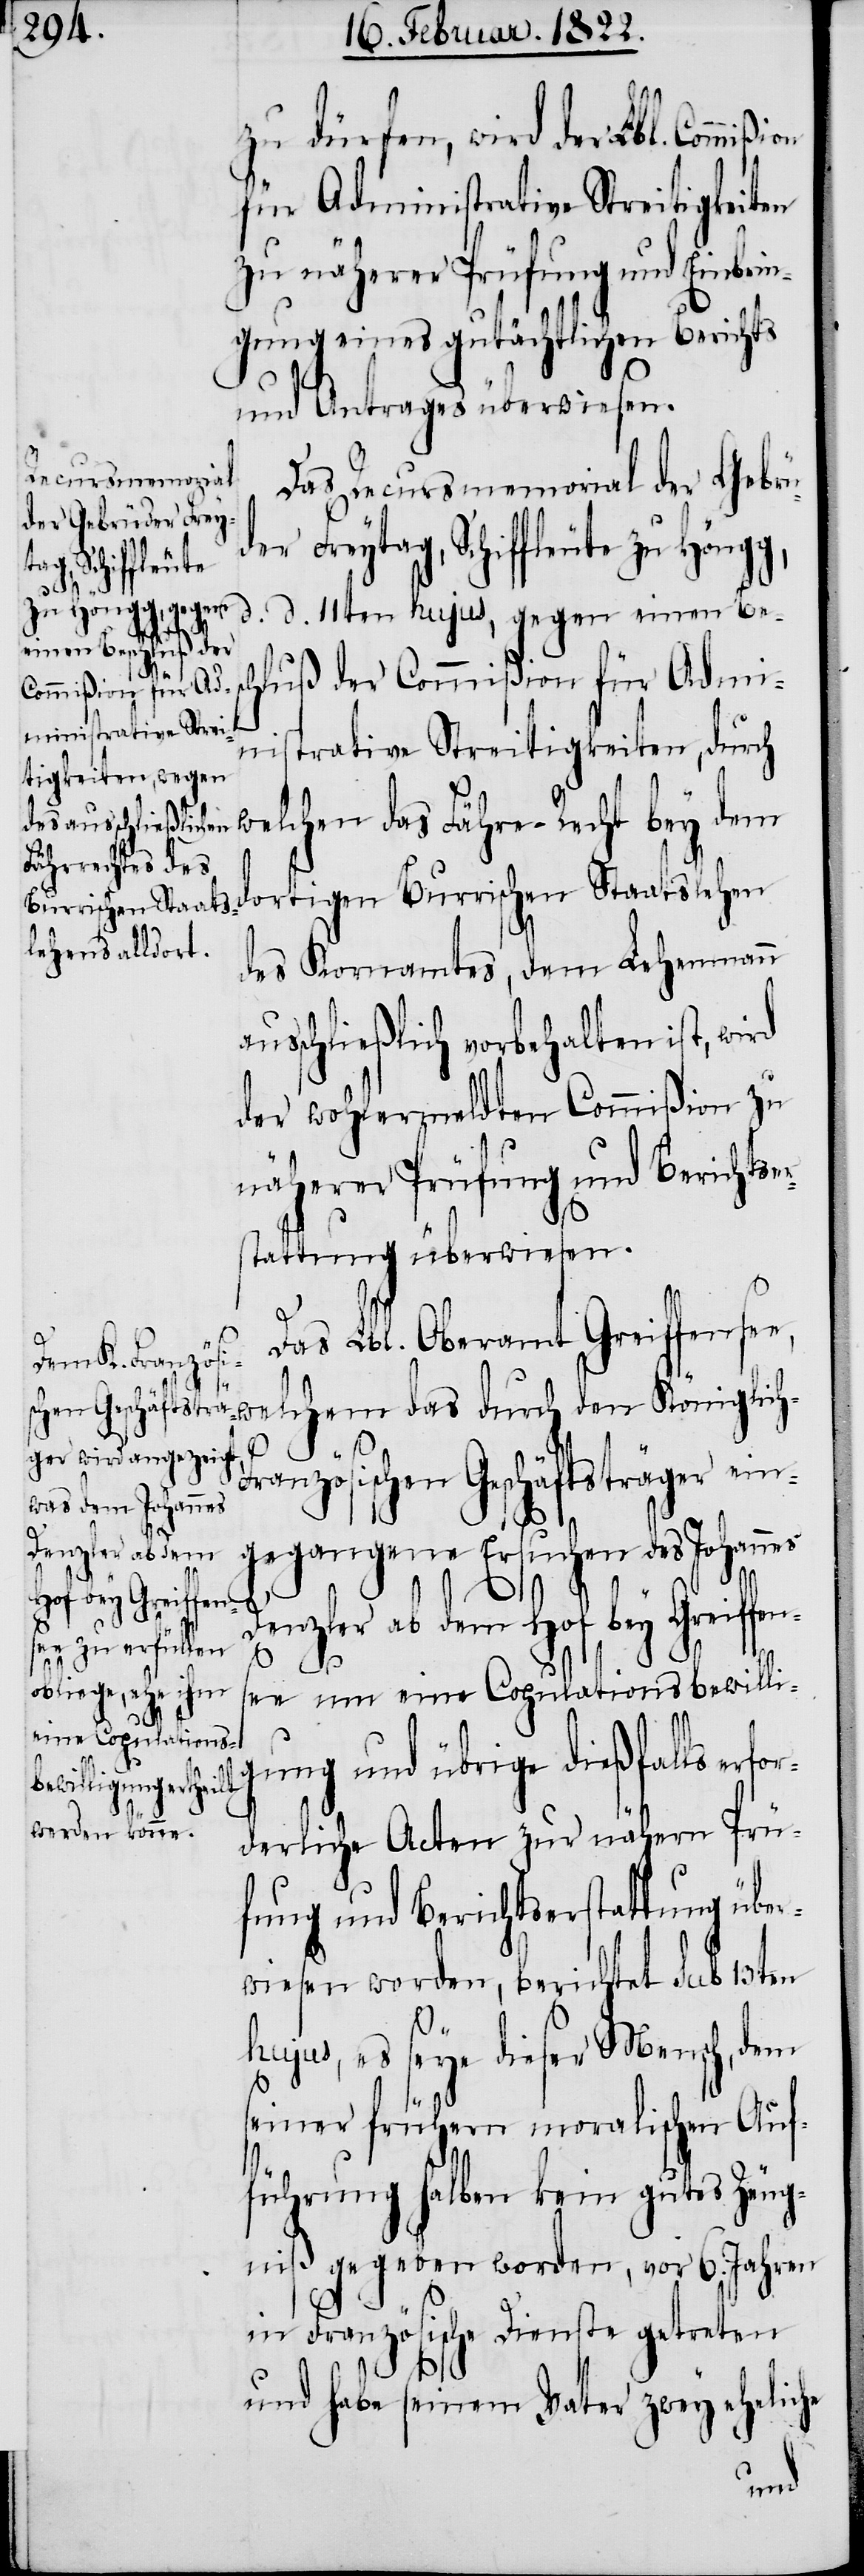
zu dürfen, wird der Lbl. Commi¬
für Administrative Streitigkeiten
zu näherer Prüfung und Einbrin¬
gung eines gutächtlichen Berichts
und Antrags überwiesen.
Recursmemorial
der Gebrüder Frey¬
tag, Schiffleute
d. d. 11ten hujus, gegen einen Bes¬
for¬
chluß der Commißion für Admi¬
nistrative Streitigkeiten, durch
welchen das Fähre-Recht bey dem
dortigen Burrischen Staatslehen
des Kornamtes, dem Lehenmann
ausschließlich vorbehalten ist, wird
der wohlermeldten Commißion zu
näherer Prüfung und Berichtser¬
stattung überwiesen.
Das Lbl. Oberamt Greiffensee,
welchem das durch den Königlic¬
ranzösischen Geschäftsträger ein¬
gegangene Ersuchen des Johannes
Denzler an dem Hof bey Greiffen¬
see um eine Copulationsbewilli¬
gung und übrige dießfalls er¬
derliche Acten zur nähern Prü¬
fung und Berichtserstattung über¬
wiesen worden, berichtet sub 13ten
hujus, es seye dieser Mensch, dem
seiner frühern moralischen Auf¬
führung halben kein gutes Zeug¬
niß gegeben worden, vor 6. Jahren
in Französische Dienste getreten
und habe seinem Vater zwey eheliche
ßion